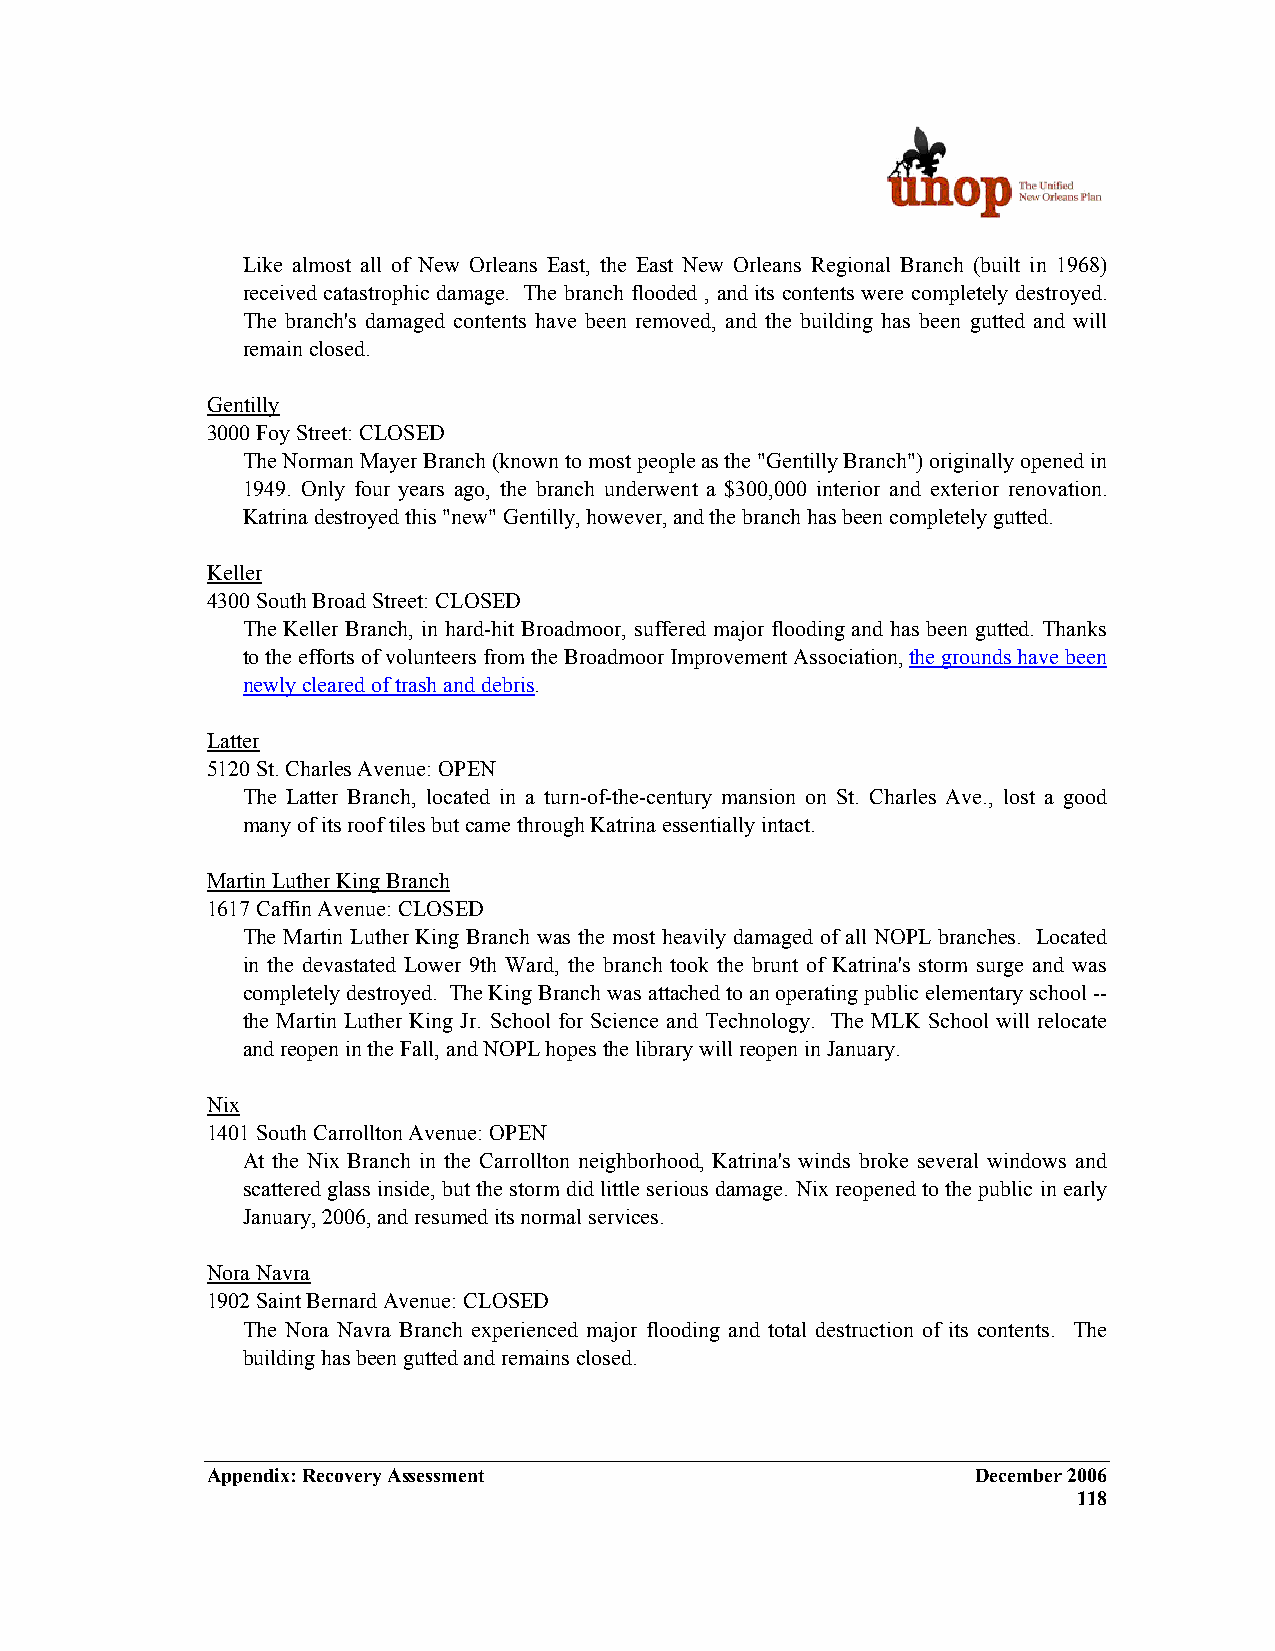
Like almost all of New Orleans East, the East New Orleans Regional Branch (built in 1968)
 received catastrophic damage. The branch flooded , and its contents were completely destroyed.
 The branch's damaged contents have been removed, and the building has been gutted and will
 remain closed.
 Gentilly
 3000 Foy Street: CLOSED
 The Norman Mayer Branch (known to most people as the "Gentilly Branch") originally opened in
 1949. Only four years ago, the branch underwent a $300,000 interior and exterior renovation.
 Katrina destroyed this "new" Gentilly, however, and the branch has been completely gutted.
 Keller
 4300 South Broad Street: CLOSED
 The Keller Branch, in hard-hit Broadmoor, suffered major flooding and has been gutted. Thanks
 to the efforts of volunteers from the Broadmoor Improvement Association, the grounds have been
 newly cleared of trash and debris.
 Latter
 5120 St. Charles Avenue: OPEN
 The Latter Branch, located in a turn-of-the-century mansion on St. Charles Ave., lost a good
 many of its roof tiles but came through Katrina essentially intact.
 Martin Luther King Branch
 1617 Caffin Avenue: CLOSED
 The Martin Luther King Branch was the most heavily damaged of all NOPL branches. Located
 in the devastated Lower 9th Ward, the branch took the brunt of Katrina's storm surge and was
 completely destroyed. The King Branch was attached to an operating public elementary school --
 the Martin Luther King Jr. School for Science and Technology. The MLK School will relocate
 and reopen in the Fall, and NOPL hopes the library will reopen in January.
 Nix
 1401 South Carrollton Avenue: OPEN
 At the Nix Branch in the Carrollton neighborhood, Katrina's winds broke several windows and
 scattered glass inside, but the storm did little serious damage. Nix reopened to the public in early
 January, 2006, and resumed its normal services.
 Nora Navra
 1902 Saint Bernard Avenue: CLOSED
 The Nora Navra Branch experienced major flooding and total destruction of its contents. The
 building has been gutted and remains closed.
 Appendix: Recovery Assessment                      December 2006
 118